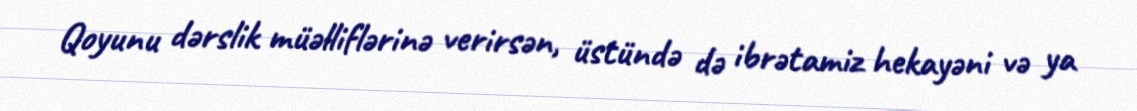
Qoyunu dərslik müəlliflərinə verirsən, üstündə də ibrətamiz hekayəni və ya